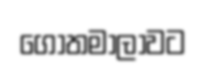
ගෝතමාලාවට